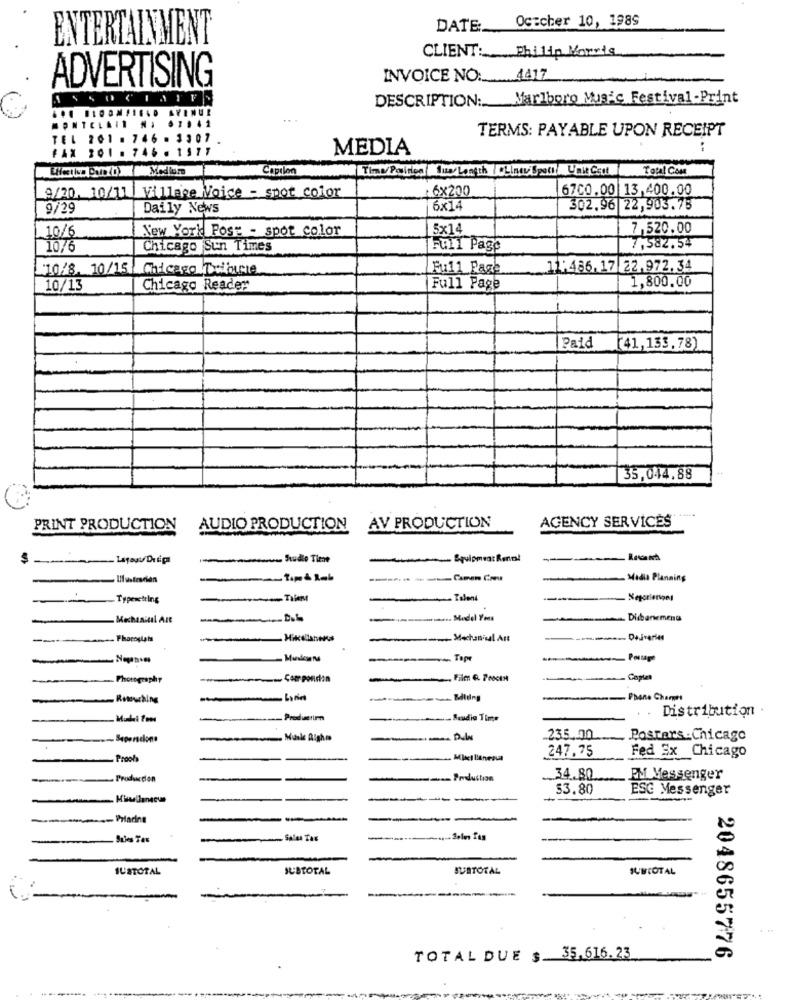
DATE: October 10, 1989
ENTERTAINMENT
CLIENT: Philip Morris
INVOICE NO: . 4417
ADVERTISING
DESCRIPTION: Marlboro Music Festival-Print
TERMS: PAYABLE UPON RECEIPT
TEL 201 . 746 - 3307
157
MEDIA
FAX 201 .
746.
Capilon
Time/ Positiee Sua Longth OLinu Speci Unie Cont
Total Com
9/20. 10/11 1
6×200
6700.00 13,400.00
Village Voice - spot color
9/29
Daily News
6×14
302.96 22,903.75
New York Post - spot color
5x14
7,520.00
10/6
10/6
Chicago Sun Times
Full Page
7,582.54
10/8. 10/15| Chicago Deifurie
Full Page
11:486, 17 22.972.34
1,800.00
10/13
Chicago Reader
Full Page
-
Paid
[41,133,78)
35,044.88
AGENCY SERVICES
PRINT PRODUCTION
AUDIO PRODUCTION
AV PRODUCTION
$
- Studie Time
Equipment Rental
-- tipó lab
Media Planning
-
Typesetting
Diibanements
Photoslats
-
-Material Ant
Diverses
-
-
-------- Tapt
-
Postage
Photography
w Com pondin
Retouching
Phane Charges
Distribution .
- Productim
. Saudia Time
Supercions
-
235.00
Posters :Chicago
247.75
- Proofs
Fed Ex Chicago
Production
Production
34.80
EM Messenger
53.80
ESC Messenger
- Piadine
Suies Tes
-Sales Tax
IUSTOTAL
SUBTOTAL
SUBTOTAL
SUBTOTAL
TOTAL DUE $ 35.616.23
2048655776